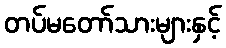
တပ်မတော်သားများနှင့်